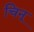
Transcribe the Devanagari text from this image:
चिनू